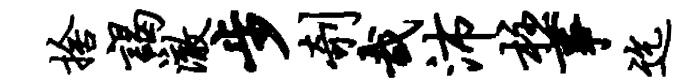
舍谒澈步剞哉沛柱事迄